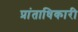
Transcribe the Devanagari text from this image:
प्रांताधिकारी